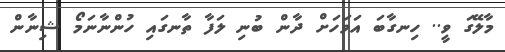
މާލޭގަ ވީ.. ހިނގާބަ އަވަހަށް ދާން ބުނި ލަފާ ތާނގައި ހުންނާނަމޯ ޝިނާން